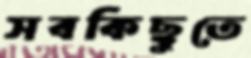
সবকিছুতে